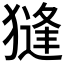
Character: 𱮛